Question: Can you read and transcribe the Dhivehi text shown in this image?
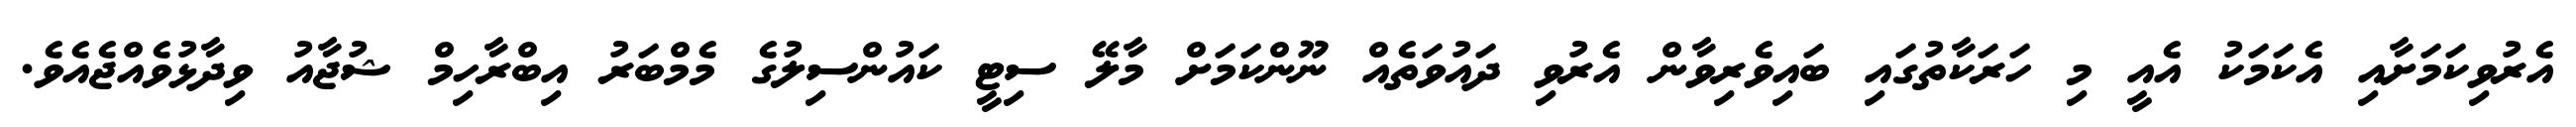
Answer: އެރުވިކަމަށާއި އެކަމަކު އެއީ މި ހަރަކާތުގައި ބައިވެރިވާން އެރުވި ދައުވަތެއް ނޫންކަމަށް މާލޭ ސިޓީ ކައުންސިލުގެ މެމްބަރު އިބްރާހިމް ޝުޖާއު ވިދާޅުވެއްޖެއެވެ.